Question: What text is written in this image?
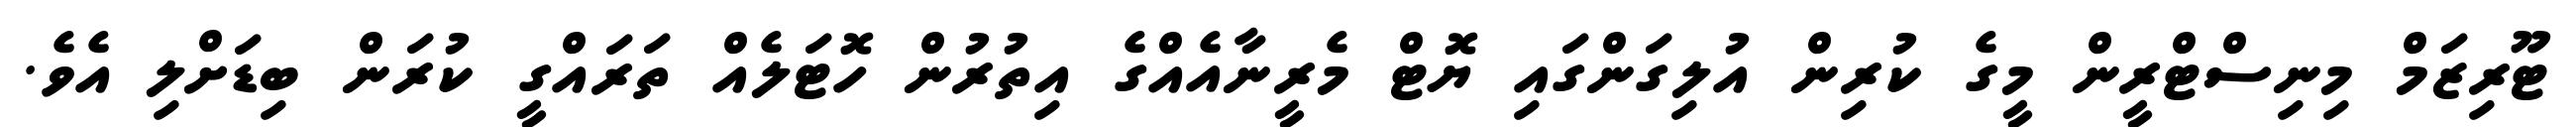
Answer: ޓޫރިޒަމް މިނިސްޓްރީން މީގެ ކުރިން އުލިގަންގައި ޔޮޓް މެރީނާއެއްގެ އިތުރުން ހޮޓަލެއް ތަރައްގީ ކުރަން ބިޑަށްލި އެވެ.